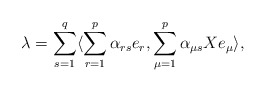
\begin{align*}\lambda= \sum_{s=1}^q\langle \sum_{r=1}^p \alpha_{rs} e_r,\sum_{\mu=1}^p \alpha_{\mu s} X e_{\mu}\rangle,\end{align*}